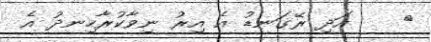
٤    އަދި ރޭގަނޑު އެ އިރު ނިވާކުރާހިނދު އެ